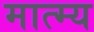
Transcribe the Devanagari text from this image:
मात्म्य